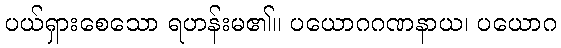
ပယ်ရှားစေသော ရဟန်းမ၏။ ပယောဂဂဏနာယ၊ ပယောဂ